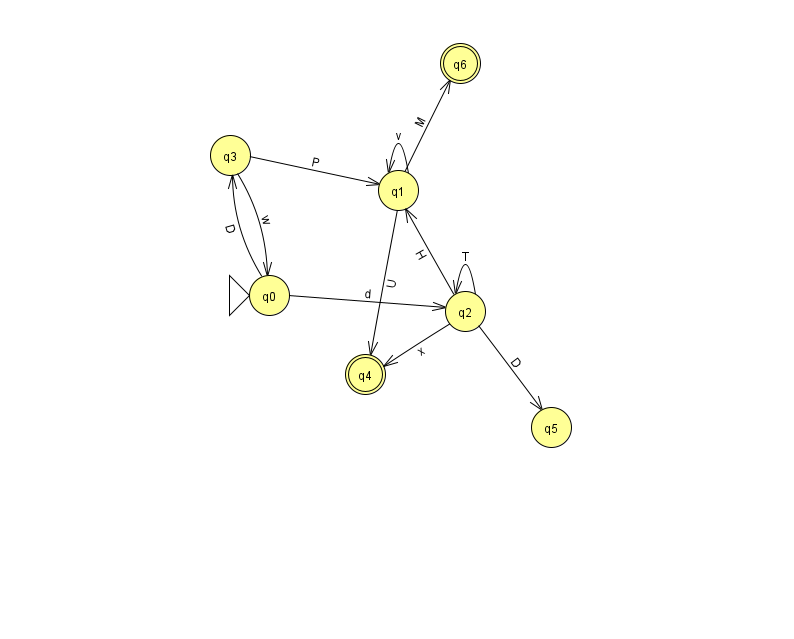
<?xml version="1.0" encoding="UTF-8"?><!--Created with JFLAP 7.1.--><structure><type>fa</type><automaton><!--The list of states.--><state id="0" name="q0"><x>269.0</x><y>282.0</y><initial/></state><state id="1" name="q1"><x>398.0</x><y>177.0</y></state><state id="2" name="q2"><x>465.0</x><y>298.0</y></state><state id="3" name="q3"><x>230.0</x><y>142.0</y></state><state id="4" name="q4"><x>365.0</x><y>361.0</y><final/></state><state id="5" name="q5"><x>551.0</x><y>414.0</y></state><state id="6" name="q6"><x>460.0</x><y>50.0</y><final/></state><!--The list of transitions.--><transition><from>2</from><to>5</to><read>D</read></transition><transition><from>2</from><to>1</to><read>H</read></transition><transition><from>2</from><to>2</to><read>T</read></transition><transition><from>0</from><to>2</to><read>d</read></transition><transition><from>3</from><to>0</to><read>w</read></transition><transition><from>0</from><to>3</to><read>D</read></transition><transition><from>1</from><to>1</to><read>v</read></transition><transition><from>3</from><to>1</to><read>P</read></transition><transition><from>1</from><to>4</to><read>U</read></transition><transition><from>1</from><to>6</to><read>M</read></transition><transition><from>2</from><to>4</to><read>x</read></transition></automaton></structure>